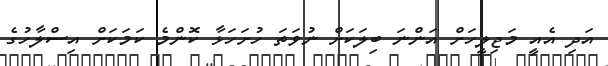
އަދި އެއީ މަޖިލީހަށް އަންނަ ބިލަކަށް ނުވަތަ ހުށަހަޅާ ކޮންމެ ކަމަކަށް އިސްލާހުގެ